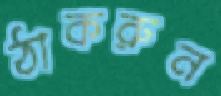
ঠাকরুন